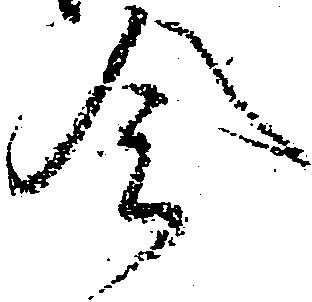
令